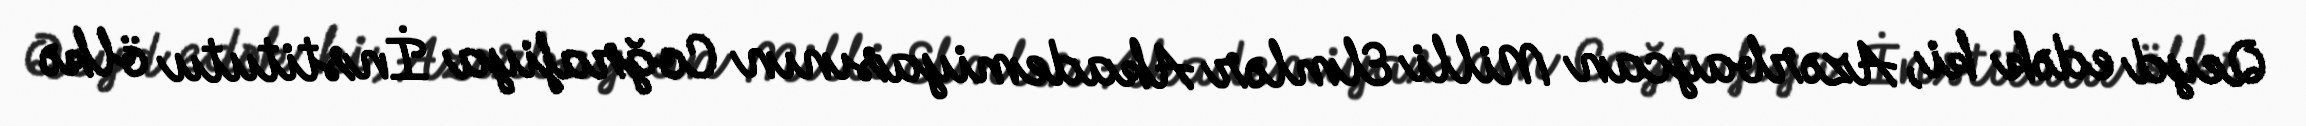
Qeyd edək ki, Azərbaycan Milli Elmlər Akademiyasının Coğrafiya İnstitutu ölkə